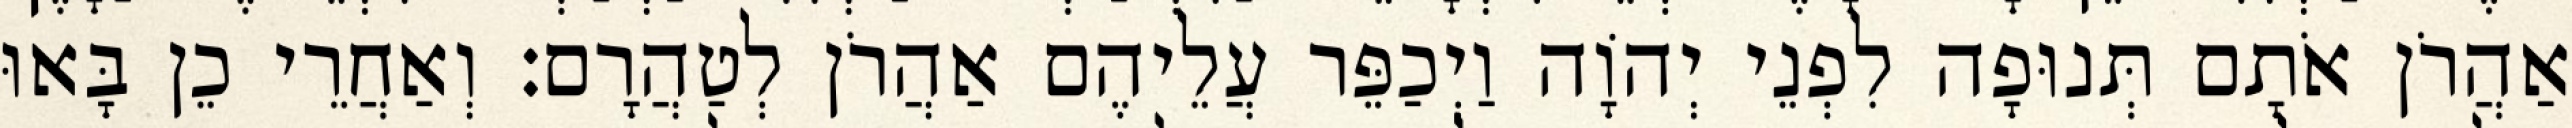
אַהֲרֹן אֹתָם תְּנוּפָה לִפְנֵי יְהוָֹה וַיְכַפֵּר עֲלֵיהֶם אַהֲרֹן לְטַהֲרָם׃ וְאַחֲרֵי כֵן בָּאוּ